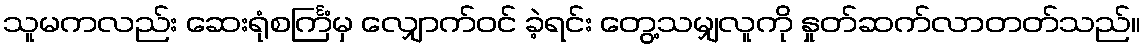
သူမကလည်း ဆေးရုံစင်္ကြံမှ လျှောက်ဝင် ခဲ့ရင်း တွေ့သမျှလူကို နှုတ်ဆက်လာတတ်သည်။